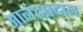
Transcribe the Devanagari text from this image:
आनंदप्रदान